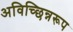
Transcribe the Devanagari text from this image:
अविच्छिन्नरूप